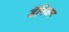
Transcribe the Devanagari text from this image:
डैनिकन